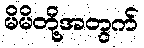
မိမိတို့အတွက်